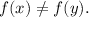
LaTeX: f ( x ) \neq f ( y ) .